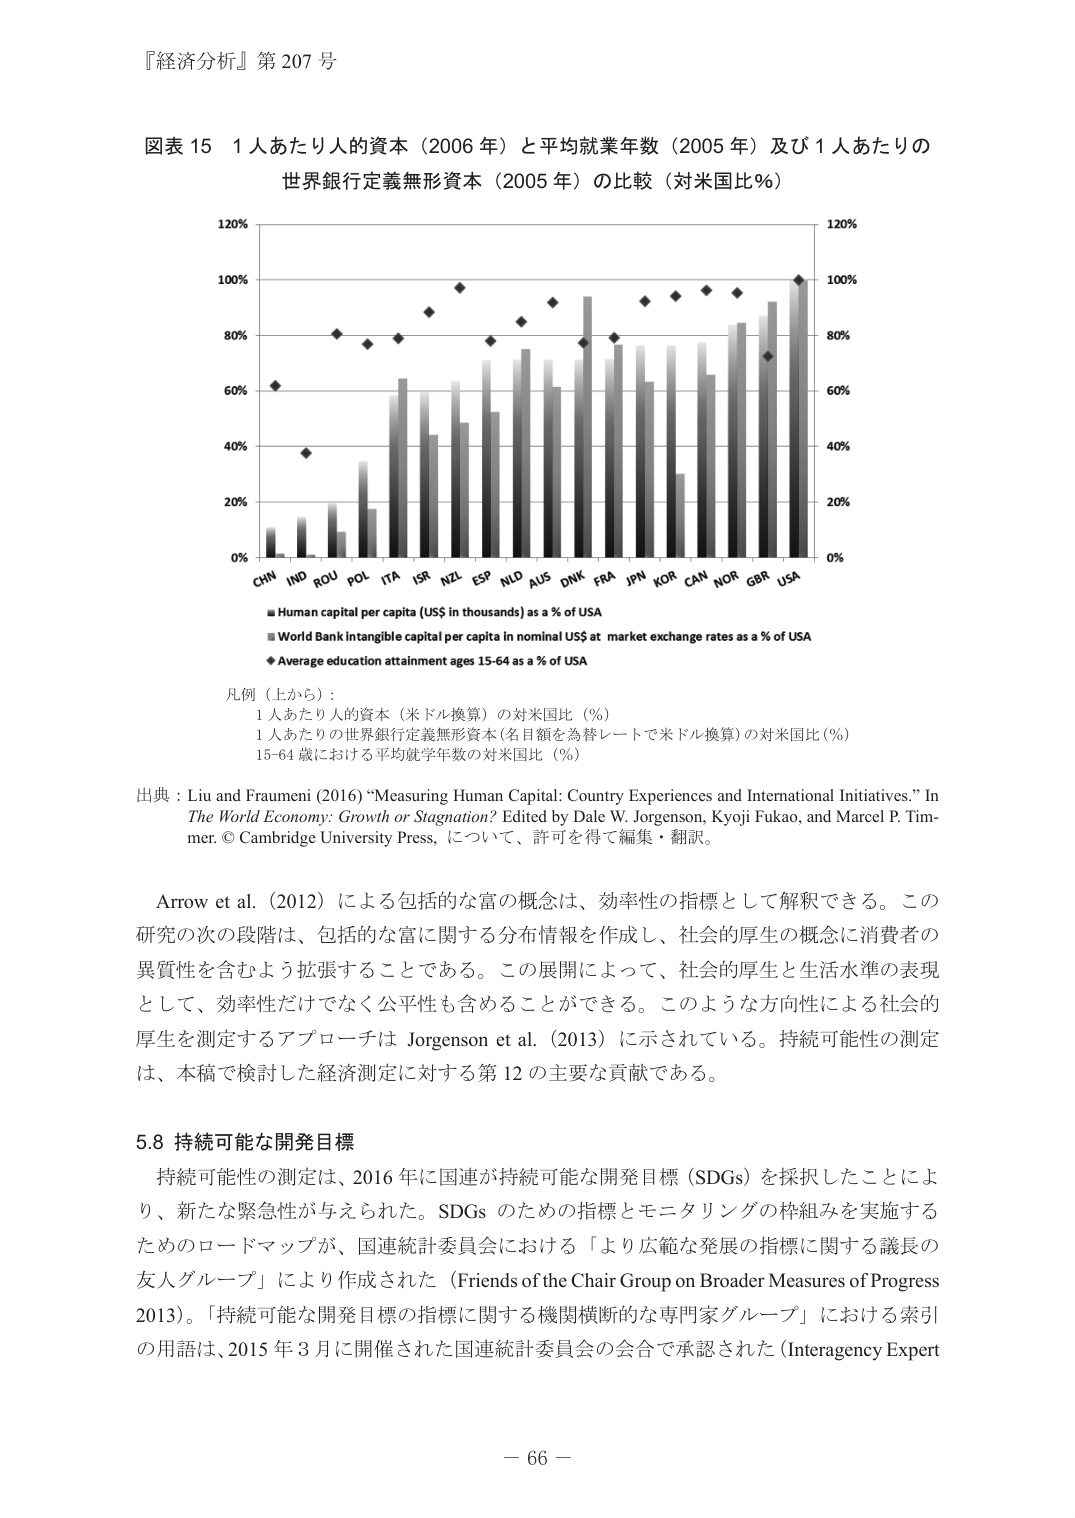
『経済分析』第 207 号

図表 15 1人あたり人的資本（2006 年）と平均就業年数（2005 年）及び 1 人あたりの
世界銀行定義無形資本（2005 年）の比較（対米国比％）

120%
100%
80%
60%
40%
20%
0%
CHN IND ROU POL ITA ISR NZL ESP NLD AUS DNK FRA JPN KOR CAN NOR GBR USA
120%
100%
80%
60%
40%
20%
0%

■ Human capital per capita (US$ in thousands) as a % of USA
■ World Bank Intangible capital per capita in nominal US$ at market exchange rates as a % of USA
◆ Average education attainment ages 15-64 as a % of USA

凡例（上から）：
1 人あたり人的資本（米ドル換算）の対米国比（％）
1 人あたりの世界銀行定義無形資本（名目額を為替レートで米ドル換算）の対米国比（％）
15-64 歳における平均就学年数の対米国比（％）

出典：Liu and Fraumeni (2016) “Measuring Human Capital: Country Experiences and International Initiatives.” In The World Economy: Growth or Stagnation? Edited by Dale W. Jorgenson, Kyoji Fukao, and Marcel P. Timmer. © Cambridge University Press, について、許可を得て編集・翻訳。

Arrow et al. (2012) による包括的な富の概念は、効率性の指標として解釈できる。この研究の次の段階は、包括的な富に関する分布情報を作成し、社会的厚生の概念に消費者の異質性を含むよう拡張することである。この展開によって、社会的厚生と生活水準の表現として、効率性だけでなく公平性も含めることができる。このような方向性による社会的厚生を測定するアプローチは Jorgenson et al. (2013) に示されている。持続可能性の測定は、本稿で検討した経済測定に対する第 12 の主要な貢献である。

5.8 持続可能な開発目標
持続可能性の測定は、2016 年に国連が持続可能な開発目標（SDGs）を採択したことにより、新たな緊急性が与えられた。SDGs のための指標とモニタリングの枠組みを実施するためのロードマップが、国連統計委員会における「より広範な発展の指標に関する議長の友人グループ」により作成された（Friends of the Chair Group on Broader Measures of Progress 2013）。「持続可能な開発目標の指標に関する機関横断的な専門家グループ」における索引の用語は、2015 年 3 月に開催された国連統計委員会の会合で承認された（Interagency Expert

－ 66 －